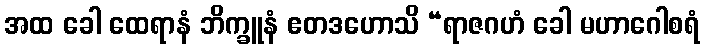
အထ ခေါ ထေရာနံ ဘိက္ခူနံ ဧတဒဟောသိ “ရာဇဂဟံ ခေါ မဟာဂေါစရံ